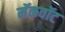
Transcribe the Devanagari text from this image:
मॅकवॉट